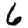
Digit: 6